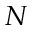
N